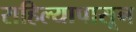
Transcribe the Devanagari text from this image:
राहिल्यापासून